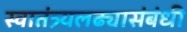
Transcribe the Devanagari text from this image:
स्वातंत्र्यलढ्यासंबंधी